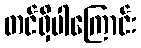
တင်ရှိပါကြောင်း